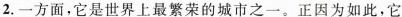
2.一方面，它是世界上最繁荣的城市之一。正因为如此，它